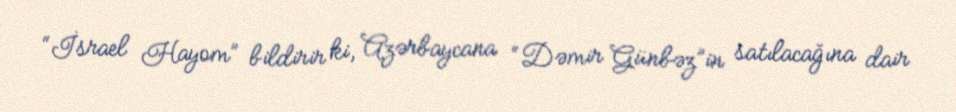
“İsrael Hayom” bildirir ki, Azərbaycana “Dəmir Günbəz”in satılacağına dair